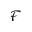
\mathcal { F }